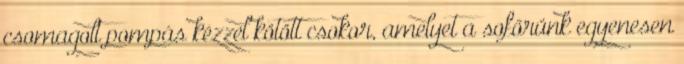
csomagolt pompás kézzel kötött csokor, amelyet a sofőrünk egyenesen